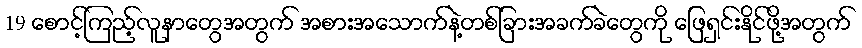
19 စောင့်ကြည့်လူနာတွေအတွက် အစားအသောက်နဲ့တစ်ခြားအခက်ခဲတွေကို ဖြေရှင်းနိုင်ဖို့အတွက်